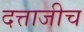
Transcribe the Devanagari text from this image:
दत्ताजीच